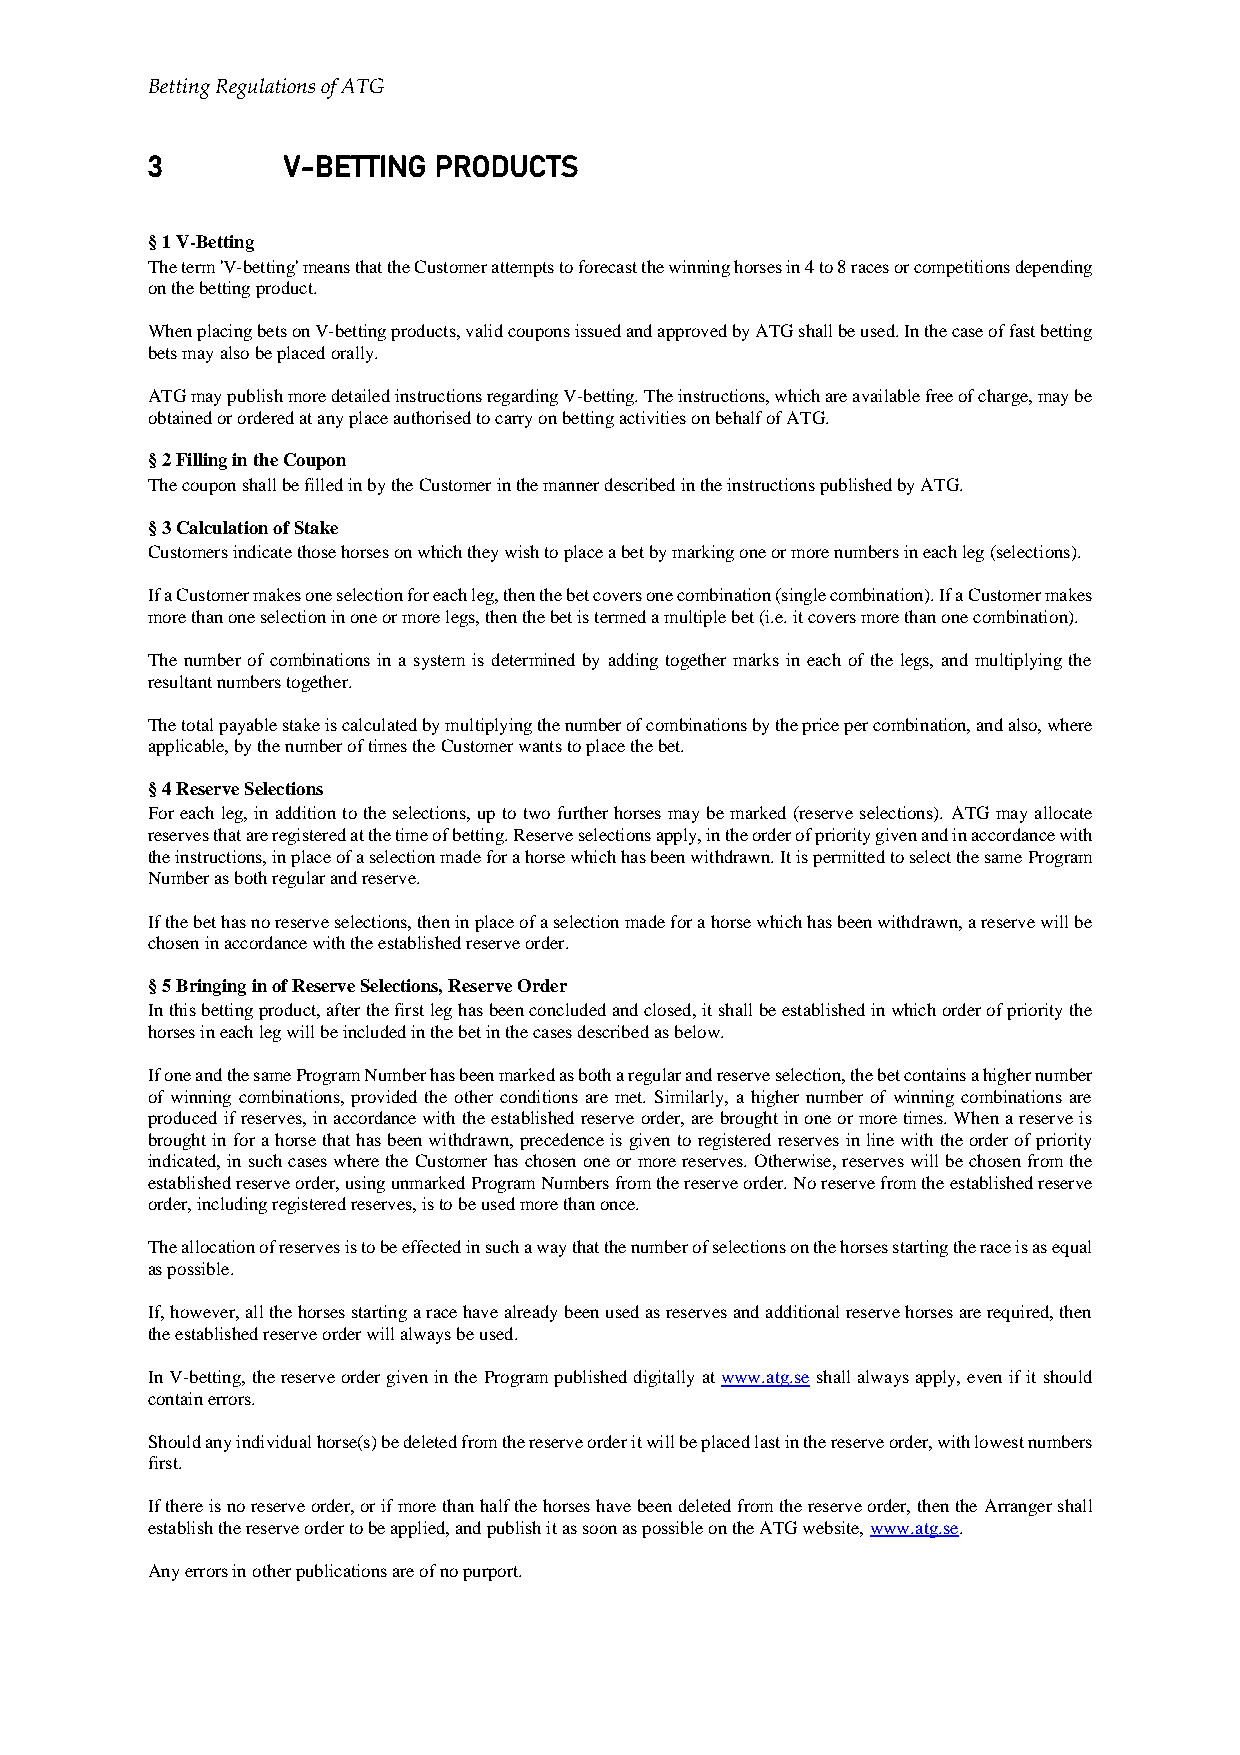
Betting Regulations of ATG
 3        V-BETTING PRODUCTS
 § 1 V-Betting
 The term 'V-betting' means that the Customer attempts to forecast the winning horses in 4 to 8 races or competitions depending
 on the betting product.
 When placing bets on V-betting products, valid coupons issued and approved by ATG shall be used. In the case of fast betting
 bets may also be placed orally.
 ATG may publish more detailed instructions regarding V-betting. The instructions, which are available free of charge, may be
 obtained or ordered at any place authorised to carry on betting activities on behalf of ATG.
 § 2 Filling in the Coupon
 The coupon shall be filled in by the Customer in the manner described in the instructions published by ATG.
 § 3 Calculation of Stake
 Customers indicate those horses on which they wish to place a bet by marking one or more numbers in each leg (selections).
 If a Customer makes one selection for each leg, then the bet covers one combination (single combination). If a Customer makes
 more than one selection in one or more legs, then the bet is termed a multiple bet (i.e. it covers more than one combination).
 The number of combinations in a system is determined by adding together marks in each of the legs, and multiplying the
 resultant numbers together.
 The total payable stake is calculated by multiplying the number of combinations by the price per combination, and also, where
 applicable, by the number of times the Customer wants to place the bet.
 § 4 Reserve Selections
 For each leg, in addition to the selections, up to two further horses may be marked (reserve selections). ATG may allocate
 reserves that are registered at the time of betting. Reserve selections apply, in the order of priority given and in accordance with
 the instructions, in place of a selection made for a horse which has been withdrawn. It is permitted to select the same Program
 Number as both regular and reserve.
 If the bet has no reserve selections, then in place of a selection made for a horse which has been withdrawn, a reserve will be
 chosen in accordance with the established reserve order.
 § 5 Bringing in of Reserve Selections, Reserve Order
 In this betting product, after the first leg has been concluded and closed, it shall be established in which order of priority the
 horses in each leg will be included in the bet in the cases described as below.
 If one and the same Program Number has been marked as both a regular and reserve selection, the bet contains a higher number
 of winning combinations, provided the other conditions are met. Similarly, a higher number of winning combinations are
 produced if reserves, in accordance with the established reserve order, are brought in one or more times. When a reserve is
 brought in for a horse that has been withdrawn, precedence is given to registered reserves in line with the order of priority
 indicated, in such cases where the Customer has chosen one or more reserves. Otherwise, reserves will be chosen from the
 established reserve order, using unmarked Program Numbers from the reserve order. No reserve from the established reserve
 order, including registered reserves, is to be used more than once.
 The allocation of reserves is to be effected in such a way that the number of selections on the horses starting the race is as equal
 as possible.
 If, however, all the horses starting a race have already been used as reserves and additional reserve horses are required, then
 the established reserve order will always be used.
 In V-betting, the reserve order given in the Program published digitally at www.atg.se shall always apply, even if it should
 contain errors.
 Should any individual horse(s) be deleted from the reserve order it will be placed last in the reserve order, with lowest numbers
 first.
 If there is no reserve order, or if more than half the horses have been deleted from the reserve order, then the Arranger shall
 establish the reserve order to be applied, and publish it as soon as possible on the ATG website, www.atg.se.
 Any errors in other publications are of no purport.